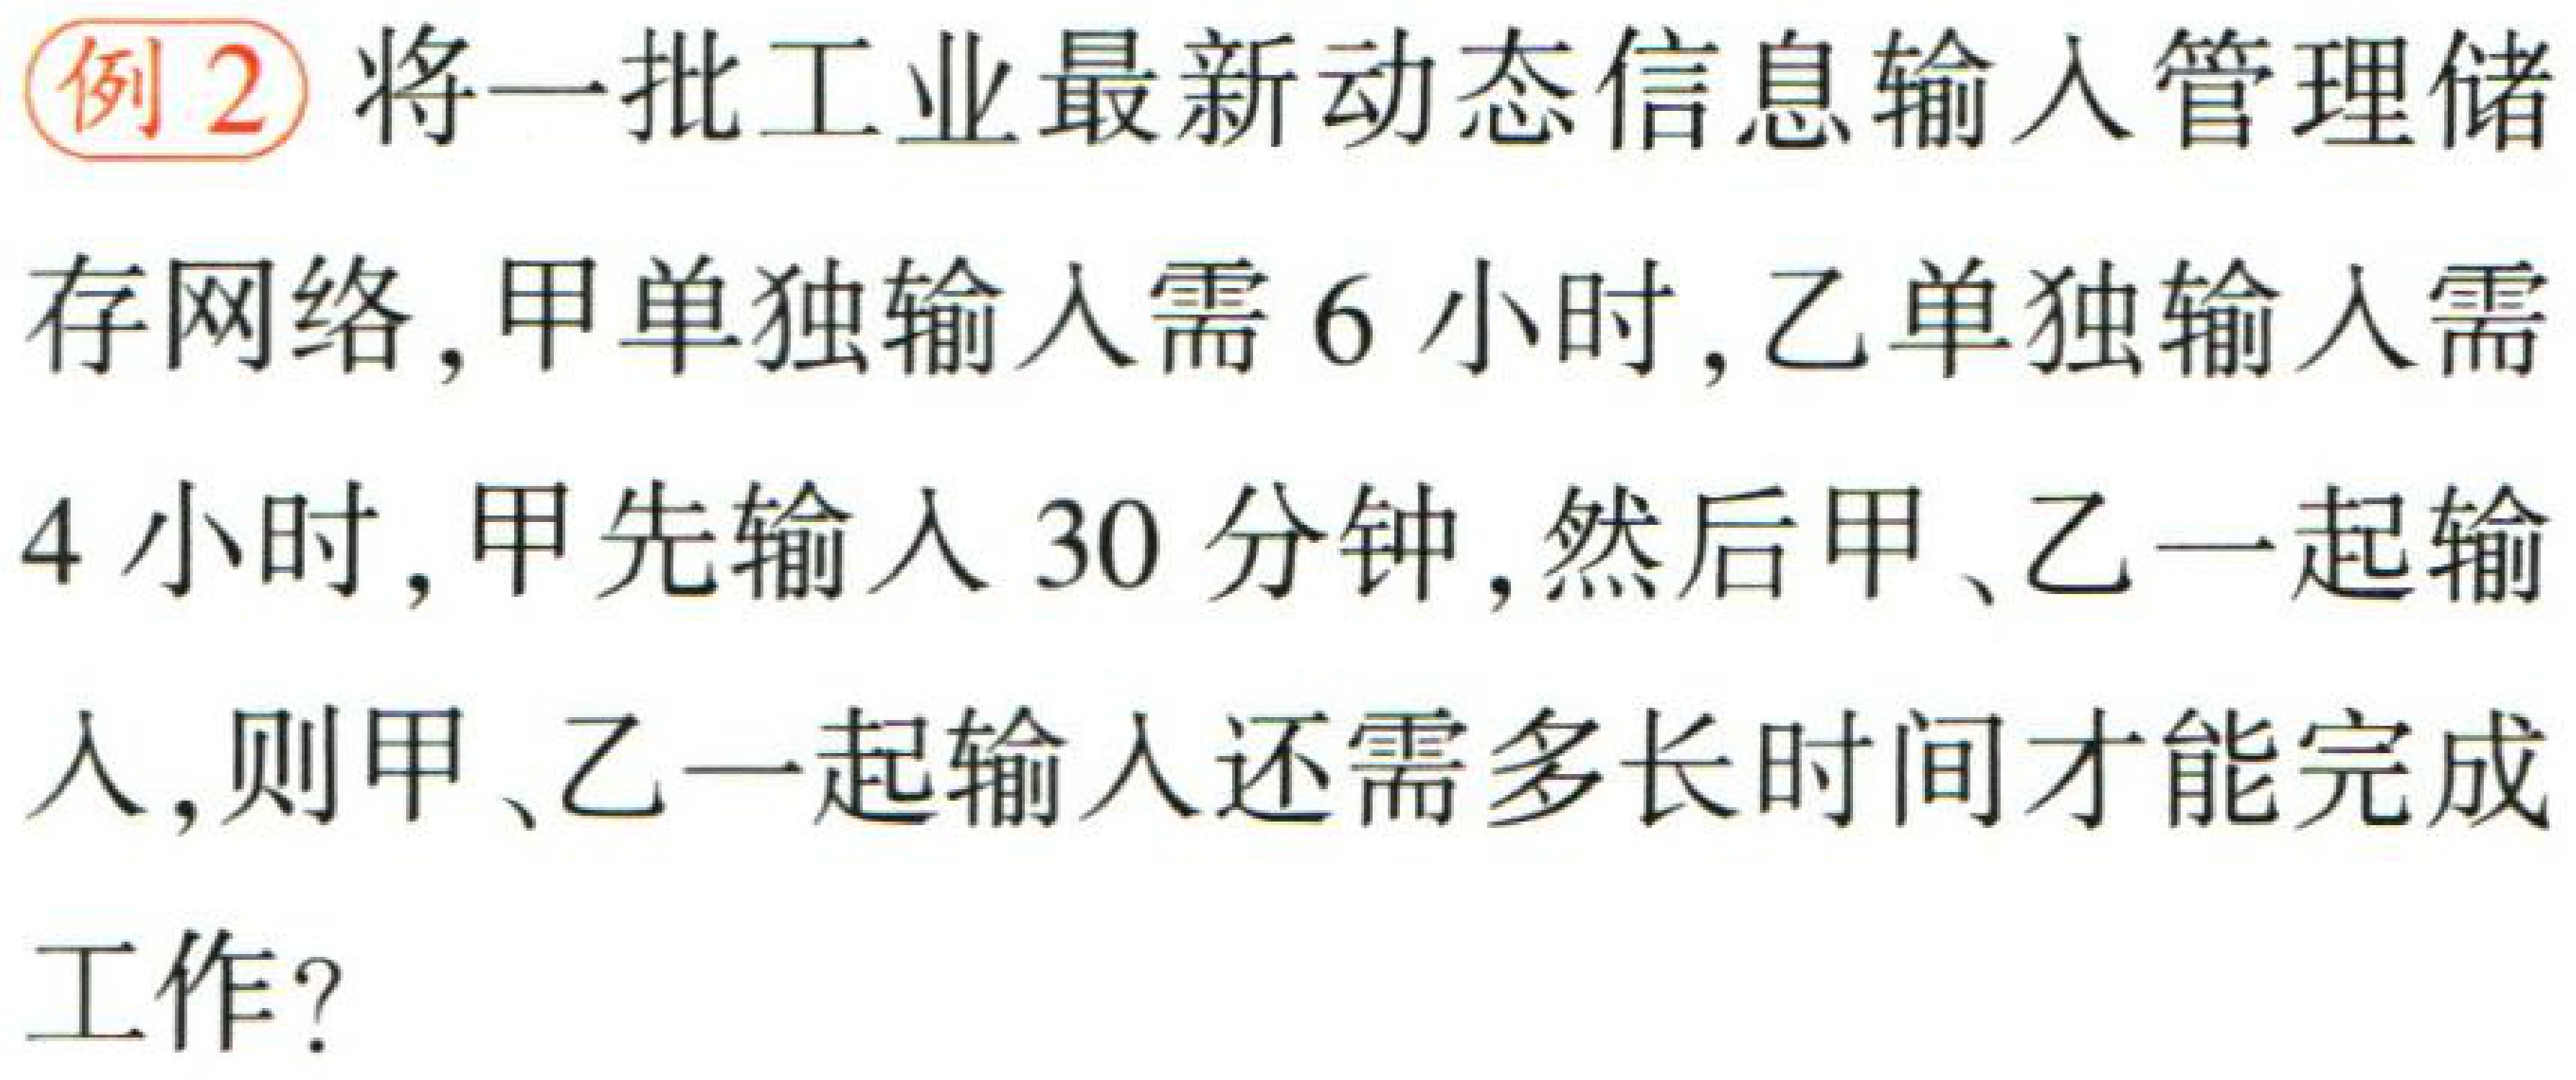
例2 将一批工业最新动态信息输入管理储存网络,甲单独输入需6小时,乙单独输入需4小时,甲先输入30分钟,然后甲、乙一起输入,则甲、乙一起输入还需多长时间才能完成工作?